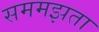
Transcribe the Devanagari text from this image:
सममझता